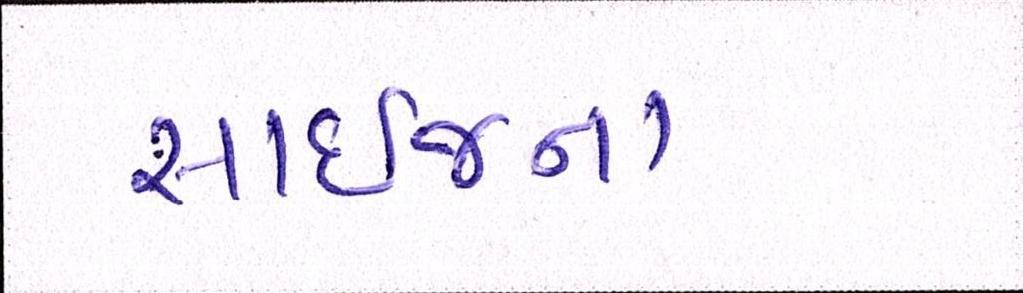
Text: સાઈજના